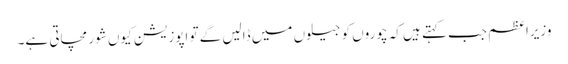
وزیراعظم جب کہتے ہیں کہ چوروں کو جیلوں میں ڈالیں گے تو اپوزیشن کیوں شور مچاتی ہے۔